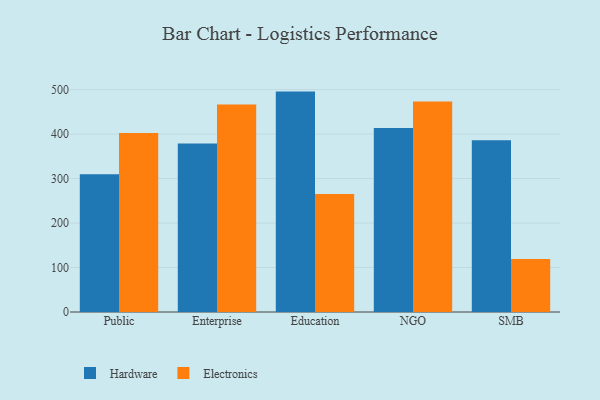
{"axis": {"x": "Segment", "y": "Page Views"}, "legend": ["Electronics", "Hardware"], "data": [{"x": "Public", "y": 309.8, "type": "Hardware"}, {"x": "Public", "y": 402.7, "type": "Electronics"}, {"x": "Enterprise", "y": 379.1, "type": "Hardware"}, {"x": "Enterprise", "y": 466.7, "type": "Electronics"}, {"x": "Education", "y": 495.5, "type": "Hardware"}, {"x": "Education", "y": 265.1, "type": "Electronics"}, {"x": "NGO", "y": 413.4, "type": "Hardware"}, {"x": "NGO", "y": 473.0, "type": "Electronics"}, {"x": "SMB", "y": 386.3, "type": "Hardware"}, {"x": "SMB", "y": 118.9, "type": "Electronics"}]}